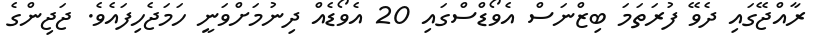
ރާއްޖޭގައި ދެވޭ ފުރަތަމަ ބިޒްނަސް އެވޯޑްސްގައި 20 އެވޯޑެއް ދިނުމަށްވަނީ ހަމަޖެހިފައެވެ. ޖަޖިންގެ